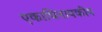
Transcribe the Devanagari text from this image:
एकाधिनायकीय